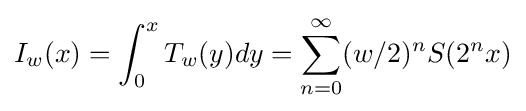
I_{w}(x)=\int _{0}^{x}T_{w}(y)dy=\sum _{n=0}^{\infty }(w/2)^{n}S(2^{n}x)